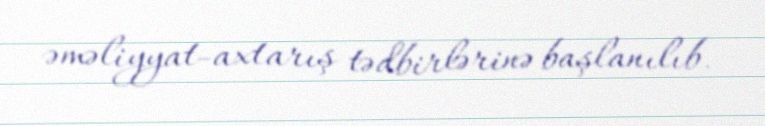
əməliyyat-axtarış tədbirlərinə başlanılıb.